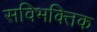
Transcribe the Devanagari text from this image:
सविभक्तिक